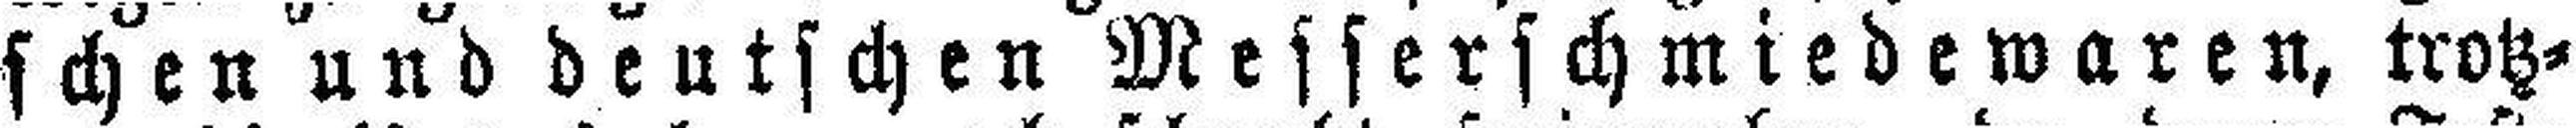
schen und deutschen Messerschmiedewaren, trotz¬